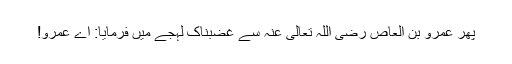
پھر عمرو بن العاص رضی اللہ تعالیٰ عنہ سے غضبناک لہجے میں فرمایا: اے عمرو!